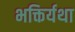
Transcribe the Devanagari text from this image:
भक्तिर्यथा